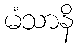
မံသာနိ